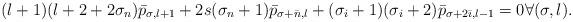
LaTeX: \begin{align*}(l+1)(l+2+2\sigma_n)\bar{p}_{\sigma,l+1} + 2s(\sigma_n + 1)\bar{p}_{\sigma+\bar{n},l} + (\sigma_i + 1)(\sigma_i+2)\bar{p}_{\sigma + 2\bar{\imath},l-1} = 0 \forall (\sigma, l).\end{align*}